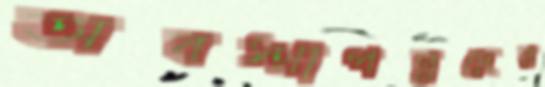
অবস্থাপন্নদের